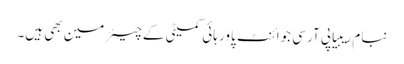
نبام ریبیا پی آر سی جوائنٹ پاور ہائی کمیٹی کےچیئرمین بھی ہیں۔